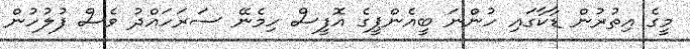
މީގެ އިތުރުން ޑާކާގައި ހުންނަ ބީއެންޕީގެ އޮފީސް ހިމެނޭ ސަރަހައްދު ވެސް ފުލުހުން